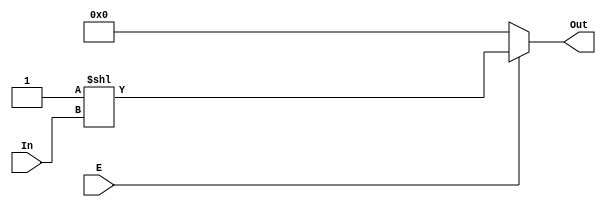
module decoder_2_4(E , In , Out);
    input E;            // E
    input [1:0] In;     // 2-bitIn
    output [3:0] Out;   // 4-bitOut
    wire [3:0] Out;     // 4-bitOut

    assign Out = E ? 1'b1 << In : 4'h0; // E11In00

endmodule

module decode_3_8(E , In , Out);
    input   E;              // E	
    input   [2:0] In;       // 3-bitIn
    output  [7:0] Out;      // 8-bitOut
    wire    E1;             // 3to8E1(E1=E')
    wire    G1;             // 2to41G1
    wire    G2;             // 2to42G2          
                            
    not u1(E1 , In[2]);     // E1=E1In[2]NOT
    and a1(G1 , E , In[2]); // G1=EIn[2]AND
    and a2(G2 , E , E1);    // G2=EE1AND
    decoder_2_4 block1(     //Out[7:4]=G1In[0:1]decoder_2_4
        .E(G1), 
        .In(In[1 : 0]), 
        .Out(Out[7 : 4])
    );
    decoder_2_4 block2(     //Out[3:0]=G2In[0:1]decoder_2_4
        .E(G2), 
        .In(In[1 : 0]),
        .Out(Out[3 : 0])
    );
endmodule